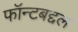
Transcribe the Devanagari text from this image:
फॉन्टबद्दल